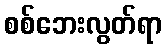
စစ်ဘေးလွတ်ရာ